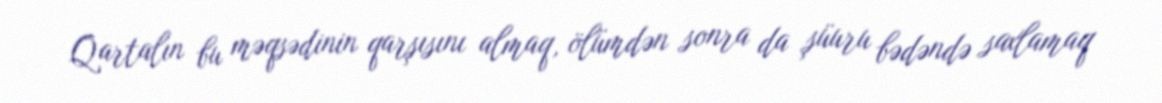
Qartalın bu məqsədinin qarşısını almaq, ölümdən sonra da şüuru bədəndə saxlamaq